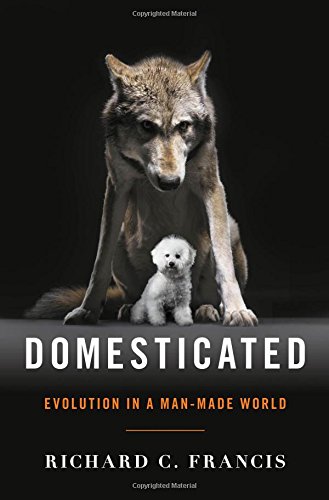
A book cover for Domesticated: Evolution in a Man-Made World; Richard C. Francis; Science & Math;